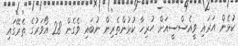
ކުޅެން އަރައި ވީއެސްސީއަށް ހުރިހާ ކުޅުންތެރިން ނުބައި ވެގެން 28 އޯވަރުގެ ތެރޭގައި